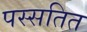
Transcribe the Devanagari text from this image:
पस्सतित